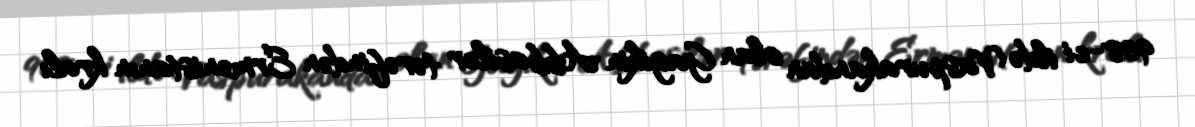
908-ci ildə Vaspurakandan olan Gagikin Abbasilər tərəfindən Ermənistanın kralı